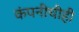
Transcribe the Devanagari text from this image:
कंपनीचीही